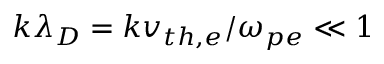
k \lambda _ { D } = k v _ { t h , e } / \omega _ { p e } \ll 1